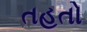
તહતો